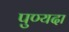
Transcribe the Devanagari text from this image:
पुण्यदा